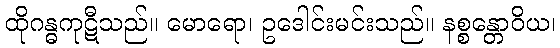
ထိုဂန္ဓကုဋီသည်။ မောရော၊ ဥဒေါင်းမင်းသည်။ နစ္စန္တောဝိယ၊